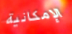
الإمكانية